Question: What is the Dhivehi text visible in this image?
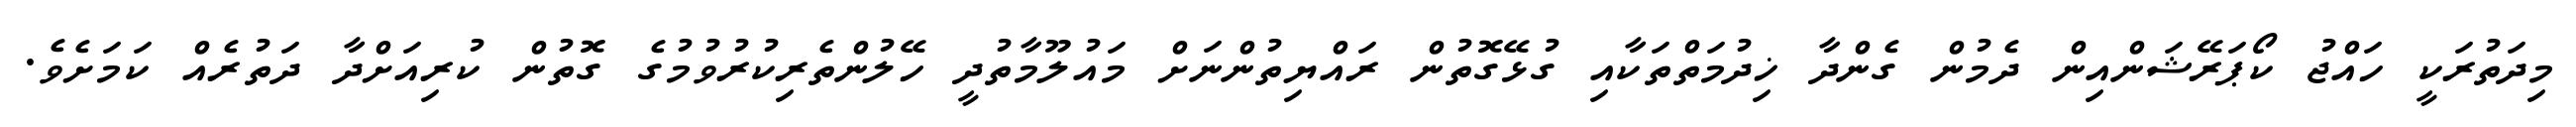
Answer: މިދަތުރަކީ ހައްޖު ކޯޕަރޭޝަންއިން ދެމުން ގެންދާ ޚިދުމަތްތަކާއި ގުޅޭގޮތުން ރައްޔިތުންނަށް މައުލޫމާތުދީ ހޭލުންތެރިކުރުވުމުގެ ގޮތުން ކުރިއަށްދާ ދަތުރެއް ކަމަށެވެ.